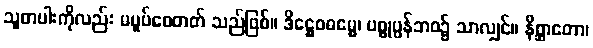
သူတပါးကိုလည်း မပူပ်စေတတ် သည်ဖြစ်။ ဒိဋ္ဌေဝဓမ္မေ၊ ပစ္စုပ္ပန်ဘဝ၌ သာလျှင်။ နိစ္ဆာတော၊